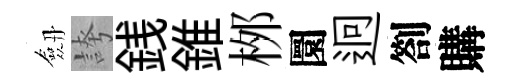
劔誇銭錐桞圜迥劄購